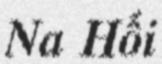
Na Hối